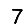
Digit: 7